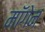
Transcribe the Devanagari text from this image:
मॉगेन